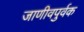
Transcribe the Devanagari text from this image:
जाणीवपुर्वक